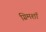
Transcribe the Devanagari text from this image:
ग्रिमशॉ